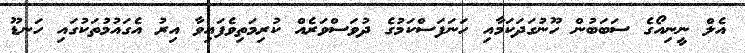
އެލް ނީނިއޯގެ ސަބަބުން ހޫނުގަދަކަމާއި ހަނަފަސްކަމުގެ ދުވަސްވަރެއް ކުރިމަތިވެފައިވާ އިރު އެގައުމުތަކުގައި ހަނޑޫ